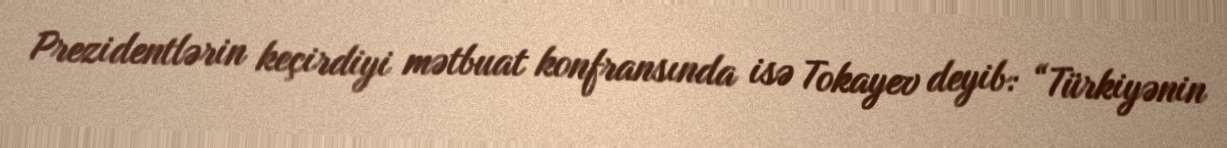
Prezidentlərin keçirdiyi mətbuat konfransında isə Tokayev deyib: “Türkiyənin